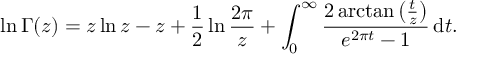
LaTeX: \ln \Gamma ( z ) = z \ln z - z + { \frac { 1 } { 2 } } \ln { \frac { 2 \pi } { z } } + \int _ { 0 } ^ { \infty } { \frac { 2 \arctan \left( { \frac { t } { z } } \right) } { e ^ { 2 \pi t } - 1 } } \, \mathrm { { d } } t .